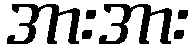
အားအား